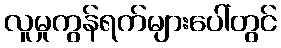
လူမှုကွန်ရက်များပေါ်တွင်